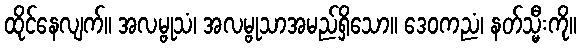
ထိုင်နေလျက်။ အလမ္ဗုသံ၊ အလမ္ဗုသာအမည်ရှိသော။ ဒေဝကညံ၊ နတ်သ္မီးကို။